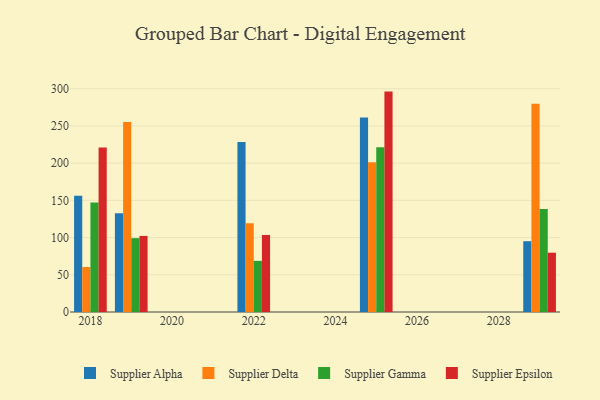
{"axis": {"x": "Year", "y": "Net Income (USD K)"}, "legend": ["Supplier Alpha", "Supplier Delta", "Supplier Epsilon", "Supplier Gamma"], "data": [{"x": "2022", "y": 228.5, "type": "Supplier Alpha"}, {"x": "2022", "y": 119.2, "type": "Supplier Delta"}, {"x": "2022", "y": 68.7, "type": "Supplier Gamma"}, {"x": "2022", "y": 103.5, "type": "Supplier Epsilon"}, {"x": "2029", "y": 95.1, "type": "Supplier Alpha"}, {"x": "2029", "y": 279.8, "type": "Supplier Delta"}, {"x": "2029", "y": 138.5, "type": "Supplier Gamma"}, {"x": "2029", "y": 79.7, "type": "Supplier Epsilon"}, {"x": "2025", "y": 261.4, "type": "Supplier Alpha"}, {"x": "2025", "y": 201.1, "type": "Supplier Delta"}, {"x": "2025", "y": 221.2, "type": "Supplier Gamma"}, {"x": "2025", "y": 296.1, "type": "Supplier Epsilon"}, {"x": "2018", "y": 156.2, "type": "Supplier Alpha"}, {"x": "2018", "y": 60.4, "type": "Supplier Delta"}, {"x": "2018", "y": 147.1, "type": "Supplier Gamma"}, {"x": "2018", "y": 221.0, "type": "Supplier Epsilon"}, {"x": "2019", "y": 132.8, "type": "Supplier Alpha"}, {"x": "2019", "y": 255.4, "type": "Supplier Delta"}, {"x": "2019", "y": 99.2, "type": "Supplier Gamma"}, {"x": "2019", "y": 102.2, "type": "Supplier Epsilon"}]}